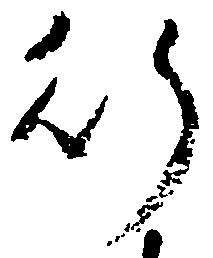
行